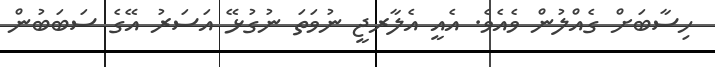
ހިސާބަށް ގެއްލުން ވެއެވެ. އެއީ އެލާރޖީ ނުވަތަ ނުގުޅޭ އަސަރު އޭގެ ސަބަބުން